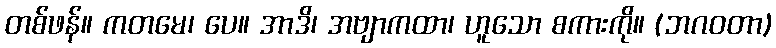
တစ်ဖန်။ ကတမေ၊ ပေ။ အာဒိ၊ အဗျာကထာ၊ ဟူသော စကားကို။ (ဘဂဝတာ)